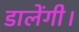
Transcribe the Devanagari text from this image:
डालेंगी।